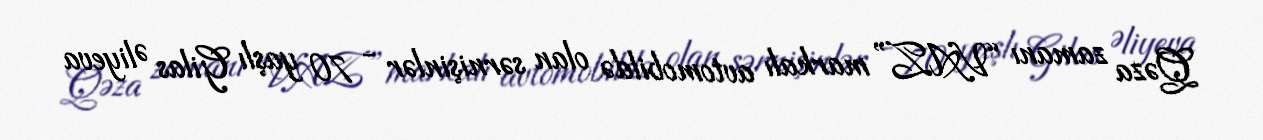
Qəza zamanı “VAZ” markalı avtomobildə olan sərnişinlər - 70 yaşlı Gilas Əliyeva